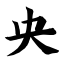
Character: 央